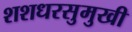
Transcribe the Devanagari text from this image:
शशधरसुमुखी